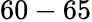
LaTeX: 60-65